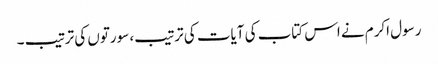
رسول اکرم نے اس کتاب کی آیات کی ترتیب، سورتوں کی ترتیب ۔